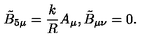
\tilde { B } _ { 5 \mu } = \frac { k } { R } A _ { \mu } , \tilde { B } _ { \mu \nu } = 0 .